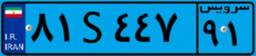
۷۱S۹۹۰۷۱